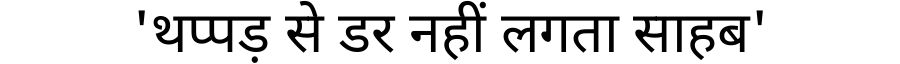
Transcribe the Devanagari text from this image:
'थप्पड़ से डर नहीं लगता साहब'